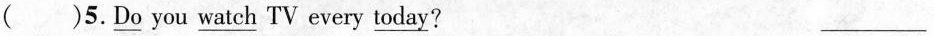
（）5.\underline{Do} you \underline{watch} TV every \underline{today}？___